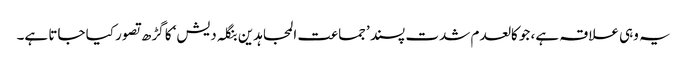
یہ وہی علاقہ ہے، جو کالعدم شدت پسند ’جماعت المجاہدین بنگلہ دیش‘ کا گڑھ تصور کیا جاتا ہے۔